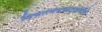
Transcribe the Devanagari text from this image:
विचारमंचच्यावतीने